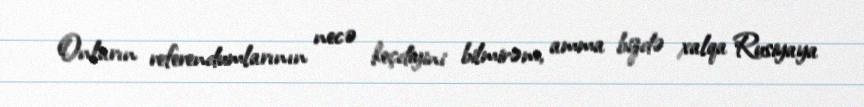
Onların referendumlarının necə keçdiyini bilmirəm, amma bizdə xalqa Rusiyaya